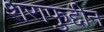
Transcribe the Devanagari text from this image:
शराफुद्दीन